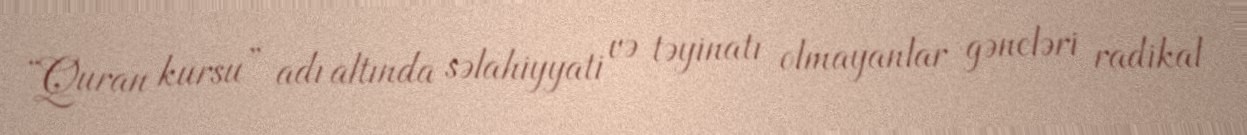
“Quran kursu” adı altında səlahiyyati və təyinatı olmayanlar gəncləri radikal